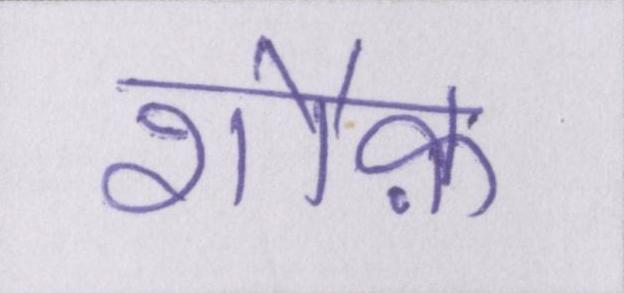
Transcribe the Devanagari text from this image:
शौक़